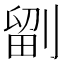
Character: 𭄁